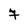
Character: 7